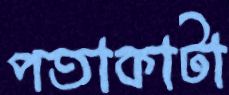
পতাকাটা